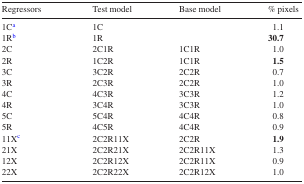
<table><thead><tr><td><b>Regressors</b></td><td><b>Test model</b></td><td><b>Base model</b></td><td><b>% pixels</b></td></tr></thead><tbody><tr><td>1C<sup>a</sup></td><td>1C</td><td></td><td> 1.1</td></tr><tr><td>1R<sup>b</sup></td><td>1R</td><td></td><td><b>30.7</b></td></tr><tr><td>2C</td><td>2C1R</td><td>1C1R</td><td> 1.0</td></tr><tr><td>2R</td><td>1C2R</td><td>1C1R</td><td> <b>1.5</b></td></tr><tr><td>3C</td><td>3C2R</td><td>2C2R</td><td> 0.7</td></tr><tr><td>3R</td><td>2C3R</td><td>2C2R</td><td> 1.0</td></tr><tr><td>4C</td><td>4C3R</td><td>3C3R</td><td> 1.2</td></tr><tr><td>4R</td><td>3C4R</td><td>3C3R</td><td> 1.0</td></tr><tr><td>5C</td><td>5C4R</td><td>4C4R</td><td> 0.8</td></tr><tr><td>5R</td><td>4C5R</td><td>4C4R</td><td> 0.9</td></tr><tr><td>11X<sup>c</sup></td><td>2C2R11X</td><td>2C2R</td><td> <b>1.9</b></td></tr><tr><td>21X</td><td>2C2R21X</td><td>2C2R11X</td><td> 1.3</td></tr><tr><td>12X</td><td>2C2R12X</td><td>2C2R11X</td><td> 0.9</td></tr><tr><td>22X</td><td>2C2R22X</td><td>2C2R12X</td><td> 1.0</td></tr></tbody></table>